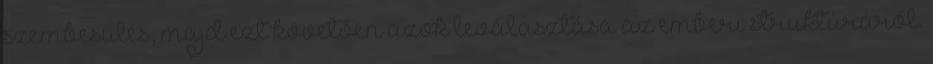
szembesülés, majd ezt követően azok leválasztása az emberi struktúráról.